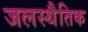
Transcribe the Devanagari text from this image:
जलस्थैतिक